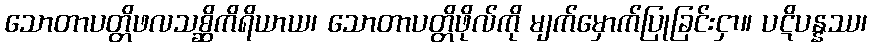
သောတာပတ္တိဖလသစ္ဆိကိရိယာယ၊ သောတာပတ္တိဖိုလ်ကို မျက်မှောက်ပြုခြင်းငှာ။ ပဋိပန္နဿ၊